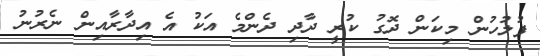
ފުލުހުން މިކަން ދޮގު ކުރީ ދާދި ދެންމެ އަކު އެ އިދާރާއިން ނެރުނު